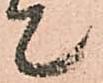
て